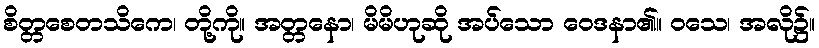
စိတ္တစေတသိကေ၊ တို့ကို။ အတ္တနော၊ မိမိဟုဆို အပ်သော ဝေဒနာ၏။ ဝသေ၊ အလို၌။